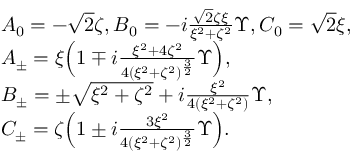
\begin{array} { r l } & { A _ { 0 } = - \sqrt { 2 } \zeta , B _ { 0 } = - i \frac { \sqrt { 2 } \zeta \xi } { \xi ^ { 2 } + \zeta ^ { 2 } } \Upsilon , C _ { 0 } = \sqrt { 2 } \xi , } \\ & { A _ { \pm } = \xi \Big ( 1 \mp i \frac { \xi ^ { 2 } + 4 \zeta ^ { 2 } } { 4 ( \xi ^ { 2 } + \zeta ^ { 2 } ) ^ { \frac { 3 } { 2 } } } \Upsilon \Big ) , } \\ & { B _ { \pm } = \pm \sqrt { \xi ^ { 2 } + \zeta ^ { 2 } } + i \frac { \xi ^ { 2 } } { 4 ( \xi ^ { 2 } + \zeta ^ { 2 } ) } \Upsilon , } \\ & { C _ { \pm } = \zeta \Big ( 1 \pm i \frac { 3 \xi ^ { 2 } } { 4 ( \xi ^ { 2 } + \zeta ^ { 2 } ) ^ { \frac { 3 } { 2 } } } \Upsilon \Big ) . } \end{array}